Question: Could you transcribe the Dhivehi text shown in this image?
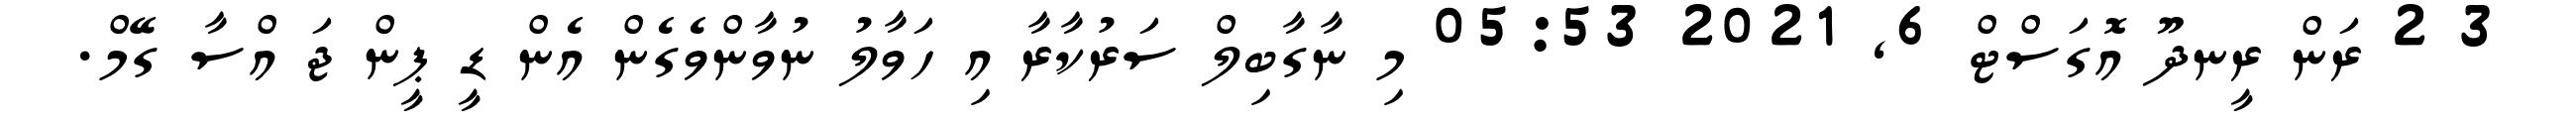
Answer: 3 2 ރަން ރީނދޫ އޮގަސްޓް 6, 2021 05:53 މި ނާގާބިލް ސަރުކާރާ އި ހަވާލު ނުވާންވެގެން އެން ޑީ ޕީން ޖަ އްސާ ގޭމް.